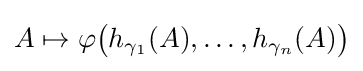
A\mapsto \varphi {\bigl (}h_{\gamma _{1}}(A),\ldots ,h_{\gamma _{n}}(A){\bigr )}